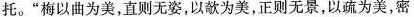
托。”梅以曲为美，直则无姿，以欹为美，正则无景，以疏为美，密